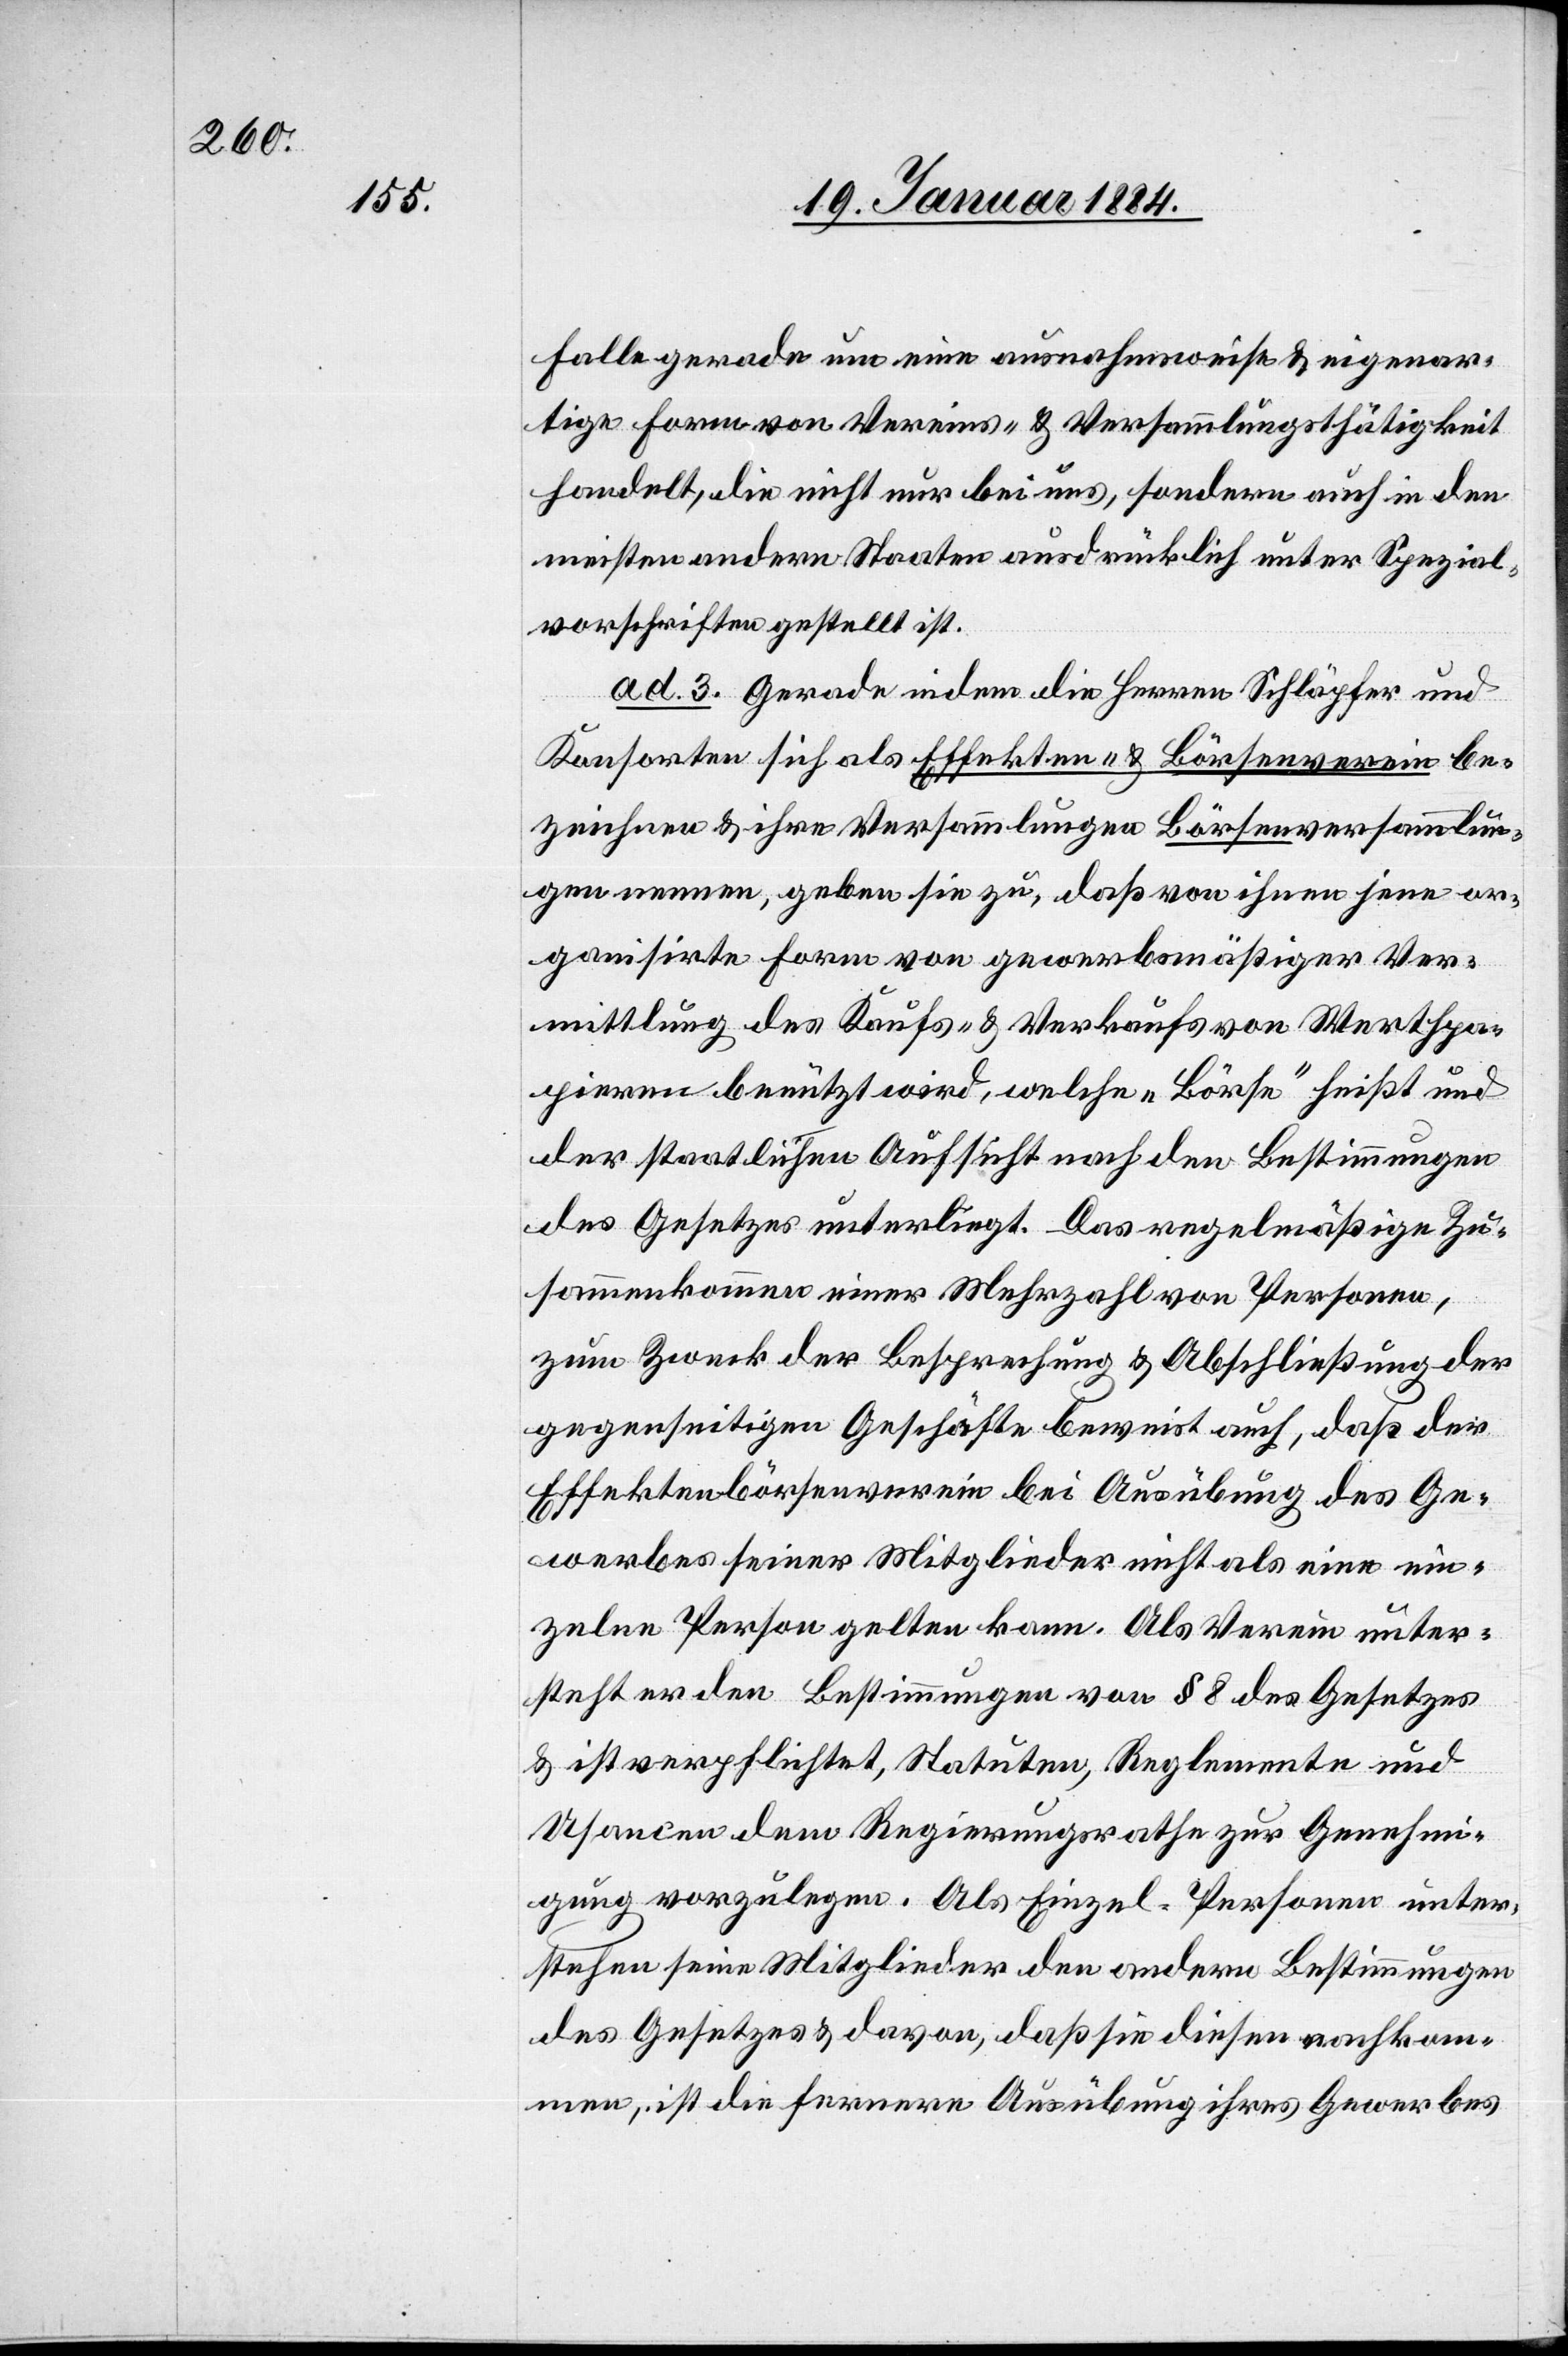
Falle gerade um eine ausnahmsweise & eigenar¬
tige Form von Vereins- & Versammlungsthätigkeit
handelt, die nicht nur bei uns, sondern auch in den
meisten andern Staaten ausdrücklich unter Spezial¬
vorschriften gestellt ist.
ad. 3. Gerade indem die Herren Schläpfer und
Konsorten sich als Effekten- & Börsenverein be¬
zeichnen & ihre Versammlungen Börsenversammlun¬
gen nennen, geben sie zu, daß von ihnen jene or¬
ganisierte Form von gewerbsmäßiger Ver¬
mittlung des Kaufs- & Verkaufs von Werthpa¬
pieren benützt wird, welche „Börse“ heißt und
der staatlichen Aufsicht nach den Bestimmungen
des Gesetzes unterliegt. Das regelmäßige Zu¬
sammenkommen einer Mehrzahl von Personen,
zum Zweck der Besprechung & Abschließung der
gegenseitigen Geschäfte beweist auch, daß der
Effektenbörsenverein bei Ausübung des Ge¬
werbes seiner Mitglieder nicht als eine ein¬
zelne Person gelten kann. Als Verein unter¬
steht er den Bestimmungen von § 8 des Gesetzes
& ist verpflichtet, Statuten, Reglemente und
Usancen dem Regierungsrathe zur Genehmi¬
gung vorzulegen. Als Einzel-Personen unter¬
stehen seine Mitglieder den andern Bestimmungen
des Gesetzes & davon, daß sie diesen nachkom¬
men, ist die fernere Ausübung ihres Gewerbes